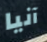
آنيا